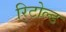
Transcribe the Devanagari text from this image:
रिटोल्ड